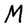
Character: M